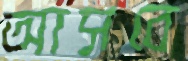
আসবে